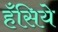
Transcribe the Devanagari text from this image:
हँसिये